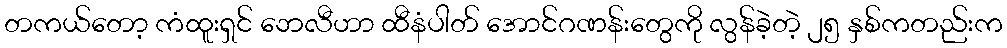
တကယ်တော့ ကံထူးရှင် ဘေလီဟာ ထီနံပါတ် အောင်ဂဏန်းတွေကို လွန်ခဲ့တဲ့ ၂၅ နှစ်ကတည်းက